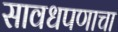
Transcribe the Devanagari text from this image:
सावधपणाचा